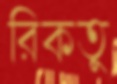
রিকতু